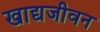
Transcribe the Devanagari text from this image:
खाद्यजीवन